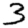
Digit: 3